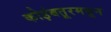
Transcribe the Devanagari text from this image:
कोइंबतूरमधून